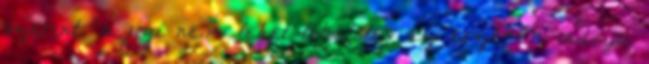
szerint "a jógi nem lehet tökéletes az érzékek indríja